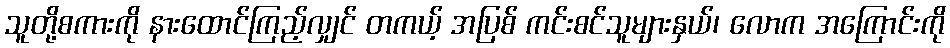
သူတို့စကားကို နားထောင်ကြည့်လျှင် တကယ့် အပြစ် ကင်းစင်သူများနှယ်၊ လောက အကြောင်းကို